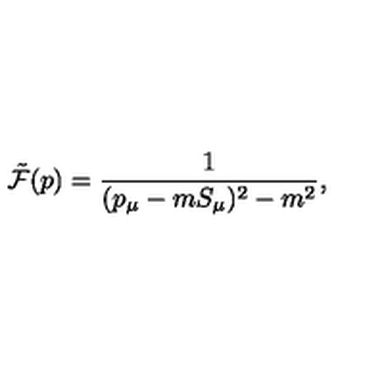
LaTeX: { \tilde { \cal F } } ( p ) = \frac { 1 } { ( p _ { \mu } - m S _ { \mu } ) ^ { 2 } - m ^ { 2 } } ,